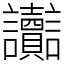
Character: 讟